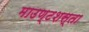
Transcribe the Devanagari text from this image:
माउण्टशस्ता